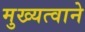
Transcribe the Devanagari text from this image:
मुख्यत्वाने